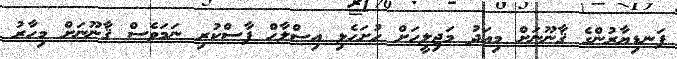
ފަނޑިޔާރުންގެ ޤާނޫނަށް މިއަދު މަޖިލީހަށް ހުށަހެޅި އިޞްލާޙް ފާސްކުރި ނަމަވެސް ޤާނޫނަށް މިހާރު